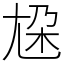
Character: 尮